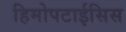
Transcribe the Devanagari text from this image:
हिमोपटाईसिस